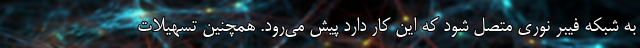
به شبکه فیبر نوری متصل شود که این کار دارد پیش می‌رود. همچنین تسهیلات